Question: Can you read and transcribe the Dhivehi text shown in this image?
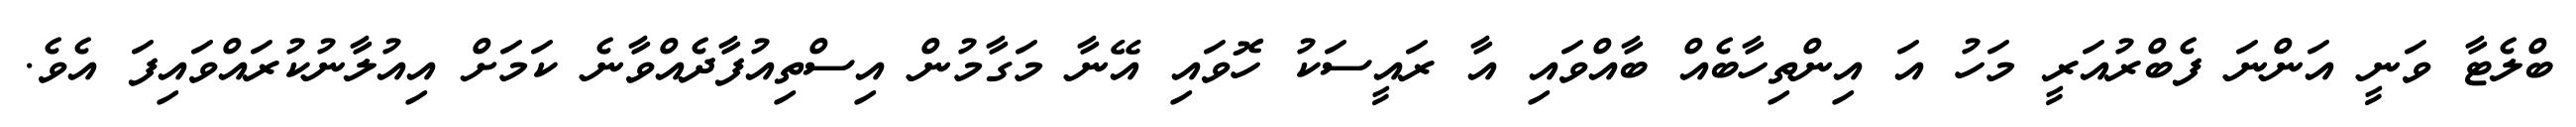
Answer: ބްލެޓާ ވަނީ އަންނަ ފެބްރުއަރީ މަހު އަ އިންތިހާބެއް ބާއްވައި އާ ރައީސަކު ހޮވައި އޭނާ މަގާމުން އިސްތިއުފާދެއްވާނެ ކަމަށް އިއުލާނުކުރައްވައިފަ އެވެ.